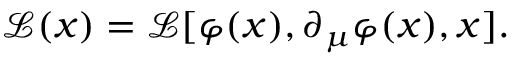
{ \mathcal { L } } ( x ) = { \mathcal { L } } [ \varphi ( x ) , \partial _ { \mu } \varphi ( x ) , x ] .